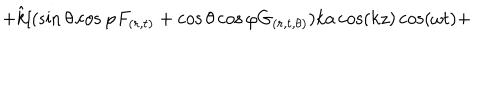
+ \hat { k } [ ( \sin \theta \cos \varphi F _ { ( r , t ) } + \cos \theta \cos \varphi G _ { ( r , t , \theta ) } ) k a \cos ( k z ) \cos ( \omega t ) +